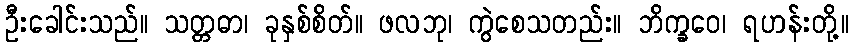
ဦးခေါင်းသည်။ သတ္တဓာ၊ ခုနှစ်စိတ်။ ဖလဘု၊ ကွဲစေသတည်း။ ဘိက္ခဝေ၊ ရဟန်းတို့။